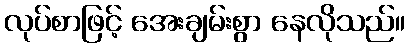
လုပ်စာဖြင့် အေးချမ်းစွာ နေလိုသည်။